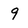
Character: 9